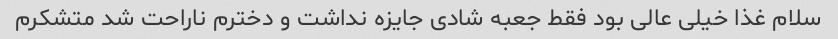
سلام غذا خیلی عالی بود فقط جعبه شادی جایزه نداشت و دخترم ناراحت شد متشکرم